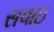
સવાઇ